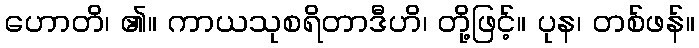
ဟောတိ၊ ၏။ ကာယသုစရိတာဒီဟိ၊ တို့ဖြင့်။ ပုန၊ တစ်ဖန်။